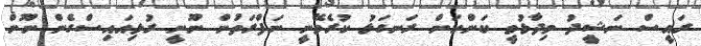
ރައީސް ނަޝީދު ވިދާޅުވީ ކަންކަން ރަނގަޅު ކުރެވޭނީ ނަފްރަތުން ނޫނީ ރުޅިއައިސްގެން ނޫން